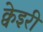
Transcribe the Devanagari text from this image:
क्वेइरी